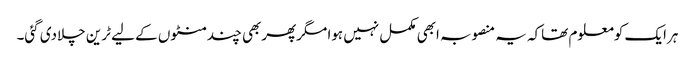
ہرایک کومعلوم تھاکہ یہ منصوبہ ابھی مکمل نہیں ہوا مگرپھربھی چندمنٹوں کے لیے ٹرین چلادی گئی۔